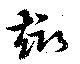
趣